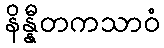
နိန္နီတကသာဝံ